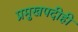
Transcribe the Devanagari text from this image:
प्रमुखपदीही